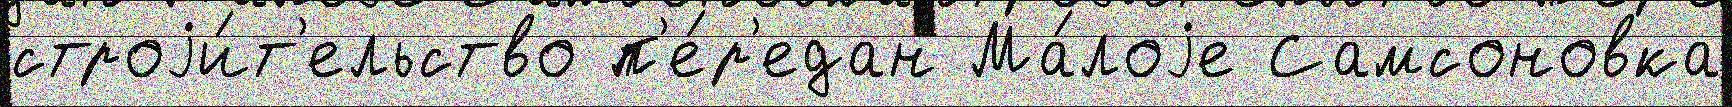
строjи́т'ельство п'е́р'едан Ма́лоjе Самсоновка